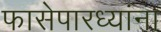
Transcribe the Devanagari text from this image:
फासेपारध्यांना